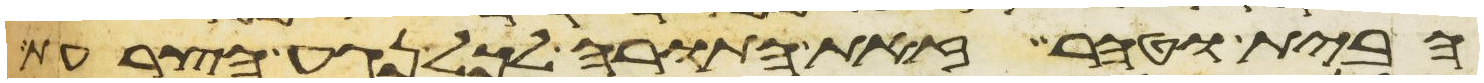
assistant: הבית וטהר זאת התורה לכל נגע הצרעת